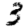
Digit: 3